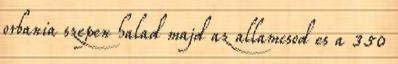
orbania szepen halad majd az allamcsod es a 350